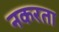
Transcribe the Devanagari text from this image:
नकरता